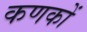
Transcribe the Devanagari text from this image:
कणकों